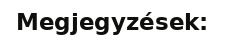
Megjegyzések: